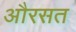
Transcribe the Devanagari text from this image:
औरसत